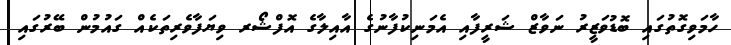
ހާމަވިގޮތުގައި ބޮޑުވަޒީރު ނަވާޒް ޝަރީފާއި އެމަނިކުފާނުގެ އާއިލާގެ އޮފްޝޯރ ވިޔަފާވެރިތަކެއް ގައުމުން ބޭރުގައި